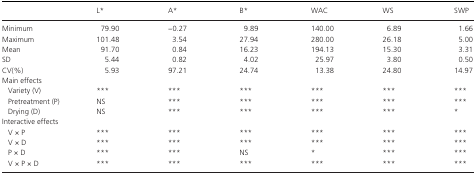
<table><thead><tr><td></td><td><b>L*</b></td><td><b>A*</b></td><td><b>B*</b></td><td><b>WAC</b></td><td><b>WS</b></td><td><b>SWP</b></td></tr></thead><tbody><tr><td>Minimum</td><td>79.90</td><td>−0.27</td><td>9.89</td><td>140.00</td><td>6.89</td><td>1.66</td></tr><tr><td>Maximum</td><td>101.48</td><td>3.54</td><td>27.94</td><td>280.00</td><td>26.18</td><td>5.00</td></tr><tr><td>Mean</td><td>91.70</td><td>0.84</td><td>16.23</td><td>194.13</td><td>15.30</td><td>3.31</td></tr><tr><td>SD</td><td>5.44</td><td>0.82</td><td>4.02</td><td>25.97</td><td>3.80</td><td>0.50</td></tr><tr><td>CV(%)</td><td>5.93</td><td>97.21</td><td>24.74</td><td>13.38</td><td>24.80</td><td>14.97</td></tr><tr><td colspan="7">Main effects</td></tr><tr><td>Variety (V)</td><td>***</td><td>***</td><td>***</td><td>***</td><td>***</td><td>***</td></tr><tr><td>Pretreatment (P)</td><td>NS</td><td>***</td><td>***</td><td>***</td><td>***</td><td>***</td></tr><tr><td>Drying (D)</td><td>NS</td><td>***</td><td>***</td><td>***</td><td>***</td><td>*</td></tr><tr><td colspan="7">Interactive effects</td></tr><tr><td>V × P</td><td>***</td><td>***</td><td>***</td><td>***</td><td>***</td><td>***</td></tr><tr><td>V × D</td><td>***</td><td>***</td><td>***</td><td>***</td><td>***</td><td>***</td></tr><tr><td>P × D</td><td>***</td><td>***</td><td>NS</td><td>*</td><td>***</td><td>***</td></tr><tr><td>V × P × D</td><td>***</td><td>***</td><td>***</td><td>***</td><td>***</td><td>***</td></tr></tbody></table>